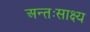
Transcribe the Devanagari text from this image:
अन्तःसाक्ष्य